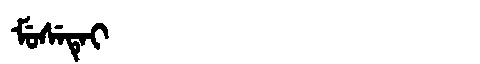
Manchu: ᠮᡠᠰᡝᡨᡝᡳ
Romanization: MUSETEI